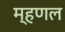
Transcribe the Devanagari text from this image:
म्‍हणल